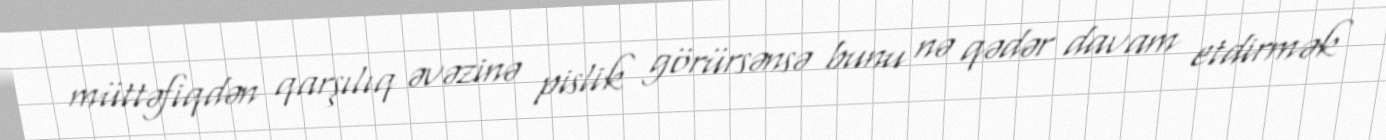
müttəfiqdən qarşılıq əvəzinə pislik görürsənsə bunu nə qədər davam etdirmək